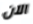
الآن